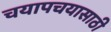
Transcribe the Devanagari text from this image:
चयापचयासाठी